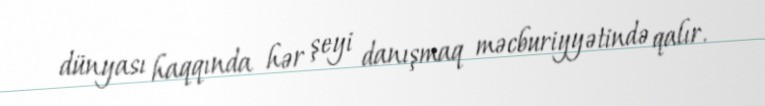
dünyası haqqında hər şeyi danışmaq məcburiyyətində qalır.